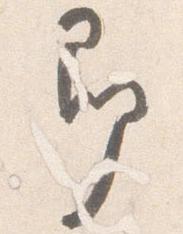
即